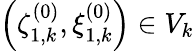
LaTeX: \left(\zeta_{1,k}^{(0)},\xi_{1,k}^{(0)}\right)\in V_{k}